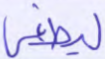
ليطغى